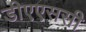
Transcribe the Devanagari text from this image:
डीएएससी